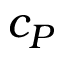
c _ { P }